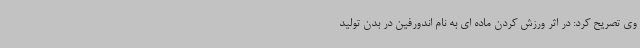
وی تصریح کرد: در اثر ورزش کردن ماده ای به نام اندورفین در بدن تولید